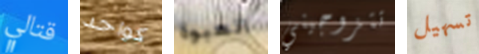
قتالي كواحد العبوة تتزوجيني تسهيل